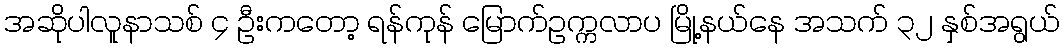
အဆိုပါလူနာသစ် ၄ ဦးကတော့ ရန်ကုန် မြောက်ဥက္ကလာပ မြို့နယ်နေ အသက် ၃၂ နှစ်အရွယ်